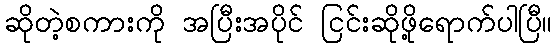
ဆိုတဲ့စကားကို အပြီးအပိုင် ငြင်းဆိုဖို့ရောက်ပါပြီ။